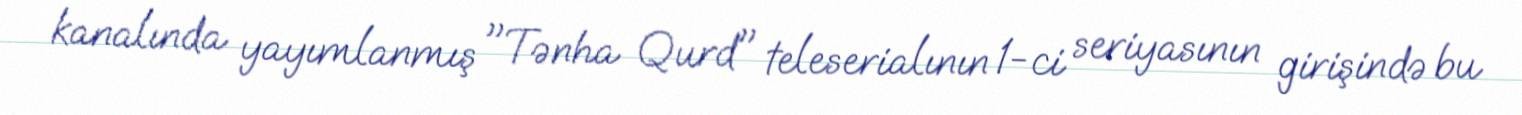
kanalında yayımlanmış "Tənha Qurd" teleserialının 1-ci seriyasının girişində bu